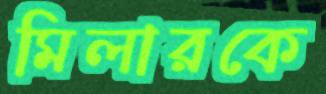
মিলারকে